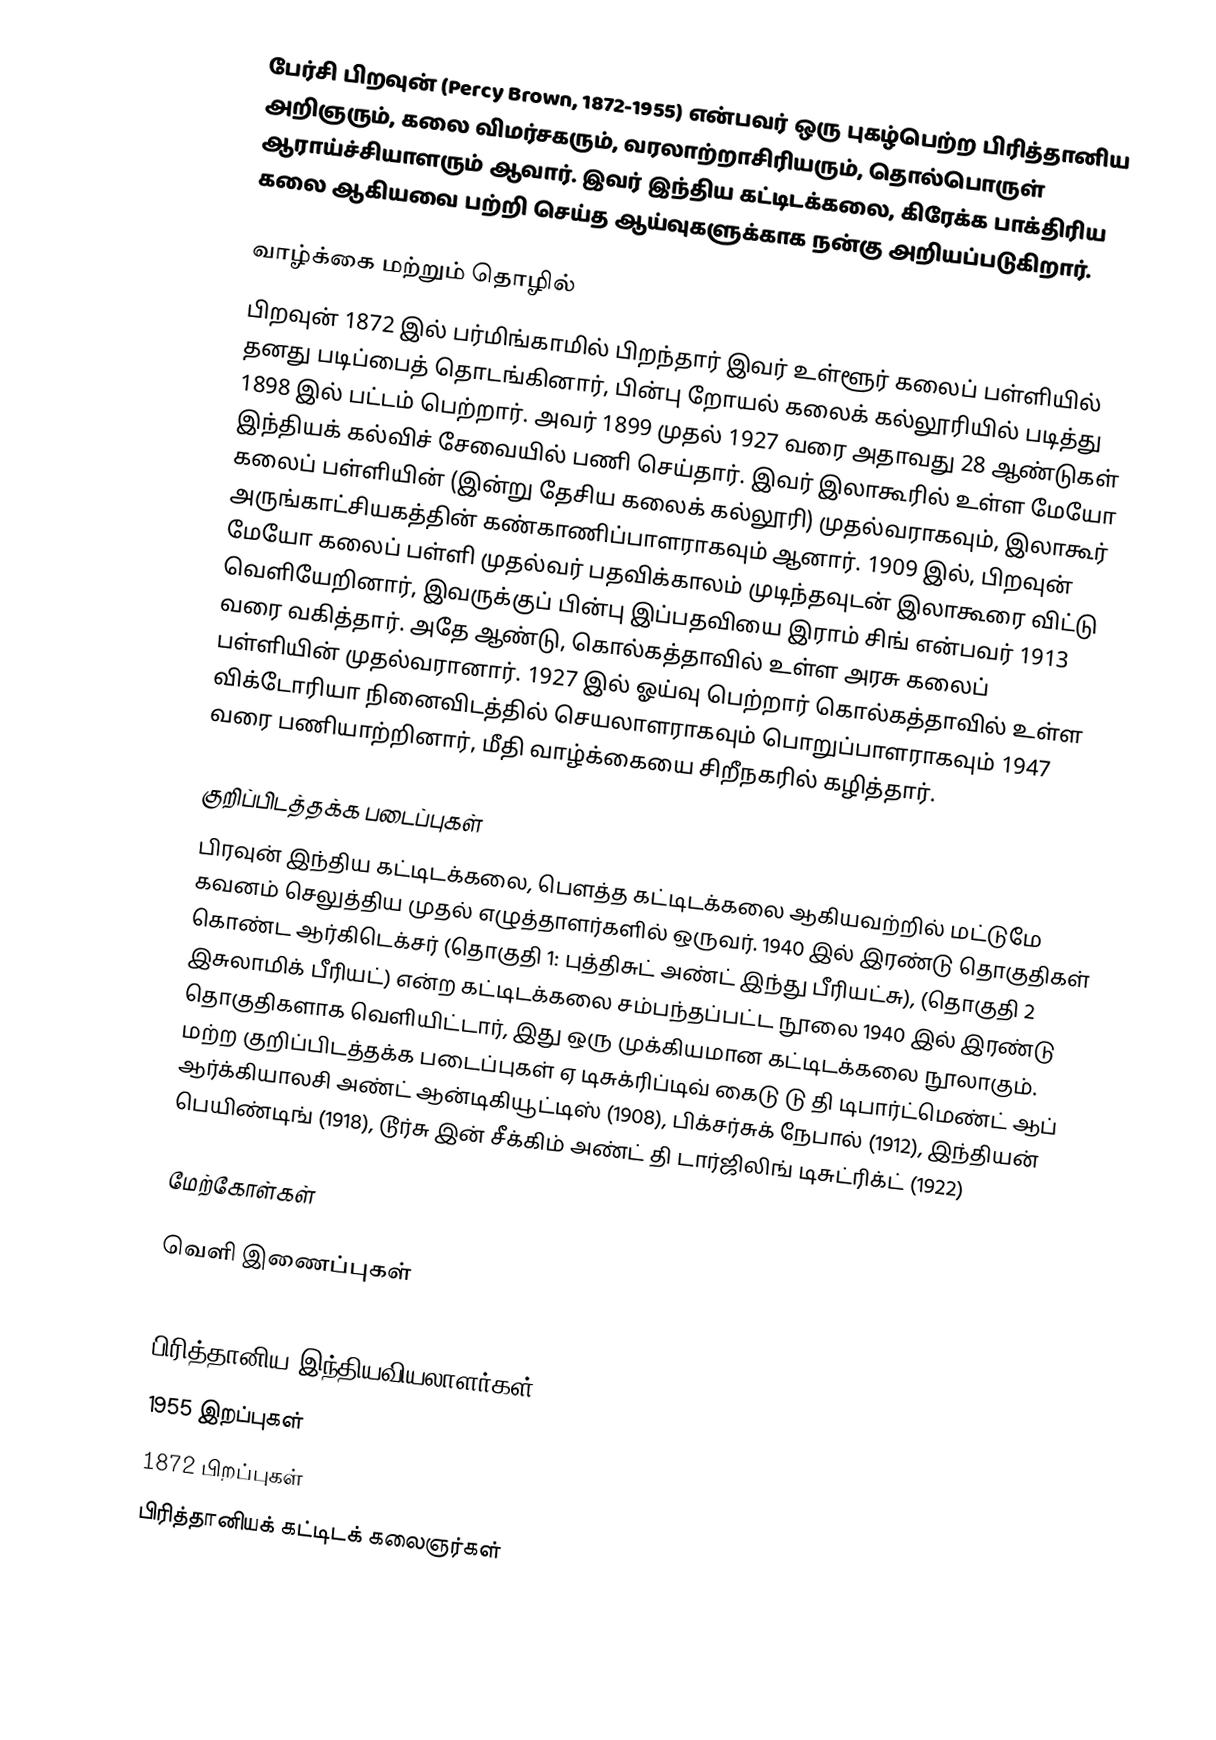
பேர்சி பிறவுன் (Percy Brown, 1872-1955) என்பவர் ஒரு புகழ்பெற்ற பிரித்தானிய அறிஞரும், கலை விமர்சகரும், வரலாற்றாசிரியரும், தொல்பொருள் ஆராய்ச்சியாளரும் ஆவார்.  இவர்  இந்திய கட்டிடக்கலை, கிரேக்க பாக்திரிய கலை ஆகியவை பற்றி செய்த ஆய்வுகளுக்காக நன்கு அறியப்படுகிறார்.

வாழ்க்கை மற்றும் தொழில்
பிறவுன் 1872 இல் பர்மிங்காமில் பிறந்தார்  இவர் உள்ளூர் கலைப் பள்ளியில் தனது படிப்பைத் தொடங்கினார், பின்பு றோயல் கலைக் கல்லூரியில் படித்து 1898 இல் பட்டம் பெற்றார். அவர் 1899 முதல் 1927 வரை அதாவது 28 ஆண்டுகள் இந்தியக் கல்விச் சேவையில் பணி செய்தார்.   இவர் இலாகூரில் உள்ள மேயோ கலைப் பள்ளியின் (இன்று தேசிய கலைக் கல்லூரி) முதல்வராகவும், இலாகூர் அருங்காட்சியகத்தின் கண்காணிப்பாளராகவும் ஆனார். 1909 இல், பிறவுன் மேயோ கலைப் பள்ளி முதல்வர் பதவிக்காலம் முடிந்தவுடன் இலாகூரை விட்டு வெளியேறினார், இவருக்குப் பின்பு இப்பதவியை இராம் சிங் என்பவர் 1913 வரை வகித்தார். அதே ஆண்டு, கொல்கத்தாவில் உள்ள அரசு கலைப் பள்ளியின் முதல்வரானார்.  1927 இல் ஓய்வு பெற்றார் கொல்கத்தாவில் உள்ள விக்டோரியா நினைவிடத்தில் செயலாளராகவும் பொறுப்பாளராகவும் 1947 வரை பணியாற்றினார், மீதி வாழ்க்கையை சிறீநகரில் கழித்தார்.

குறிப்பிடத்தக்க படைப்புகள்
பிரவுன் இந்திய கட்டிடக்கலை, பௌத்த கட்டிடக்கலை ஆகியவற்றில் மட்டுமே கவனம் செலுத்திய முதல் எழுத்தாளர்களில் ஒருவர்.  1940 இல் இரண்டு தொகுதிகள் கொண்ட ஆர்கிடெக்சர் (தொகுதி 1: புத்திசுட் அண்ட் இந்து பீரியட்சு), (தொகுதி 2 இசுலாமிக் பீரியட்) என்ற கட்டிடக்கலை சம்பந்தப்பட்ட நூலை 1940 இல் இரண்டு தொகுதிகளாக வெளியிட்டார், இது ஒரு முக்கியமான கட்டிடக்கலை நூலாகும்.  மற்ற குறிப்பிடத்தக்க படைப்புகள் ஏ டிசுக்ரிப்டிவ் கைடு டு தி டிபார்ட்மெண்ட் ஆப் ஆர்க்கியாலசி அண்ட் ஆன்டிகியூட்டிஸ் (1908),  பிக்சர்சுக் நேபால் (1912),  இந்தியன் பெயிண்டிங் (1918),  டூர்சு இன் சீக்கிம் அண்ட்  தி டார்ஜிலிங் டிசுட்ரிக்ட் (1922)

மேற்கோள்கள்

வெளி இணைப்புகள்

பிரித்தானிய இந்தியவியலாளர்கள்
1955 இறப்புகள்
1872 பிறப்புகள்
பிரித்தானியக் கட்டிடக் கலைஞர்கள்